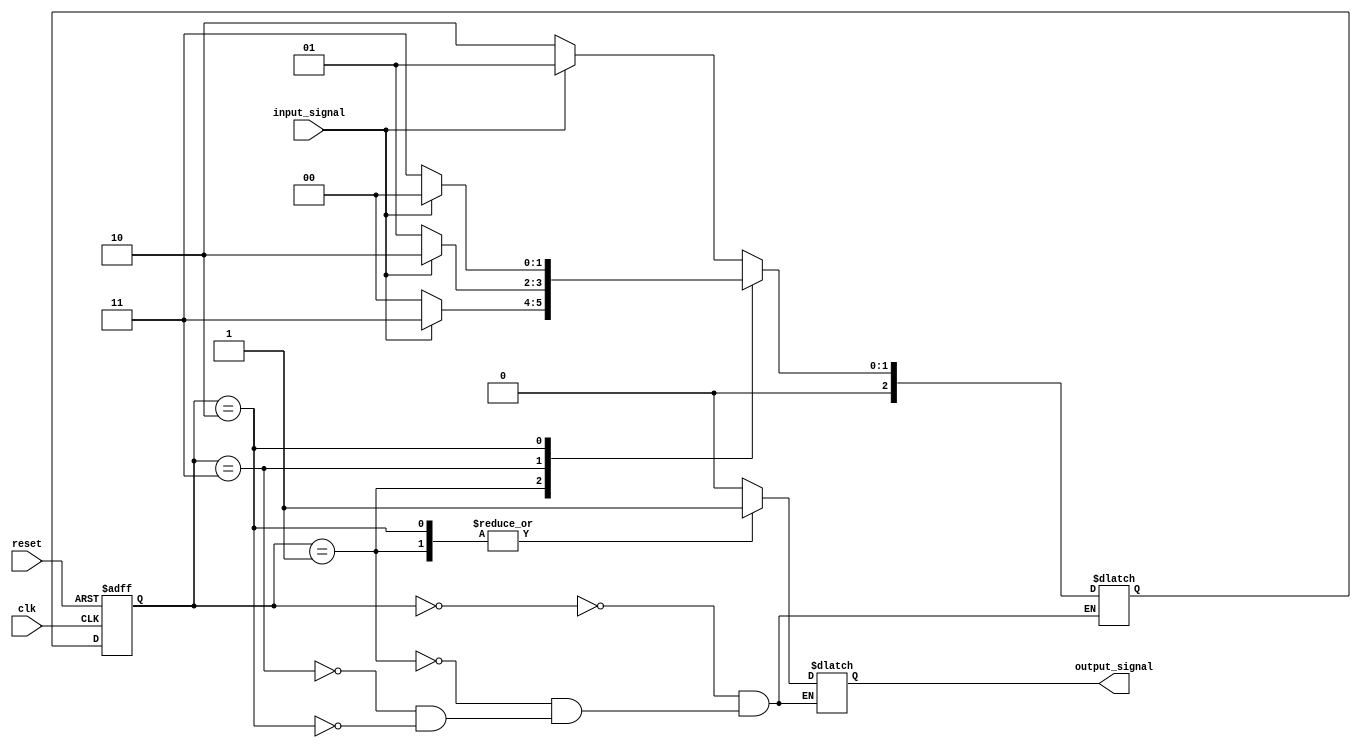
module gray_code_state_machine (
    input wire clk,
    input wire reset,
    input wire input_signal,
    output reg output_signal
);

// State encoding in Gray code
parameter STATE0 = 3'b000;
parameter STATE1 = 3'b001;
parameter STATE2 = 3'b011;
parameter STATE3 = 3'b010;

// State transition logic
reg [2:0] state, next_state;

always @(posedge clk or posedge reset) begin
    if (reset) begin
        state <= STATE0;
    end else begin
        state <= next_state;
    end
end

// State transition logic based on input signal
always @(*) begin
    case (state)
        STATE0: begin
            if (input_signal)
                next_state = STATE1;
            else
                next_state = STATE3;
        end
        STATE1: begin
            if (input_signal)
                next_state = STATE2;
            else
                next_state = STATE0;
        end
        STATE2: begin
            if (input_signal)
                next_state = STATE3;
            else
                next_state = STATE1;
        end
        STATE3: begin
            if (input_signal)
                next_state = STATE0;
            else
                next_state = STATE2;
        end
    endcase
end

// Output logic based on current state
always @(*) begin
    case (state)
        STATE0: output_signal = 1'b0;
        STATE1: output_signal = 1'b1;
        STATE2: output_signal = 1'b0;
        STATE3: output_signal = 1'b1;
    endcase
end

endmodule